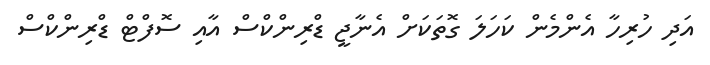
އަދި ހުރިހާ އެންމެން ކަހަލަ ގޮތަކަށް އެނާޖީ ޑްރިންކްސް އާއި ސޮފްޓް ޑްރިންކްސް